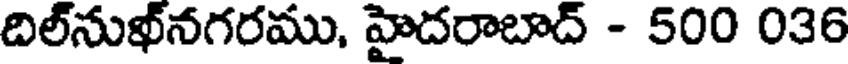
దిల్నుఖ్నగరము, హైదరాబాద్ - 500 036